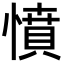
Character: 憤